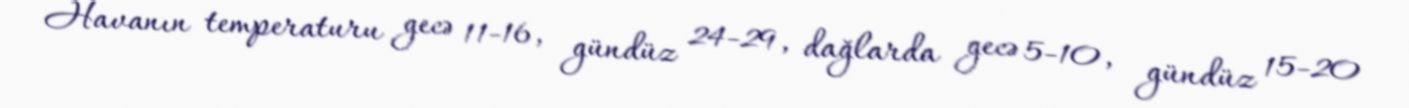
Havanın temperaturu gecə 11-16, gündüz 24-29, dağlarda gecə 5-10, gündüz 15-20